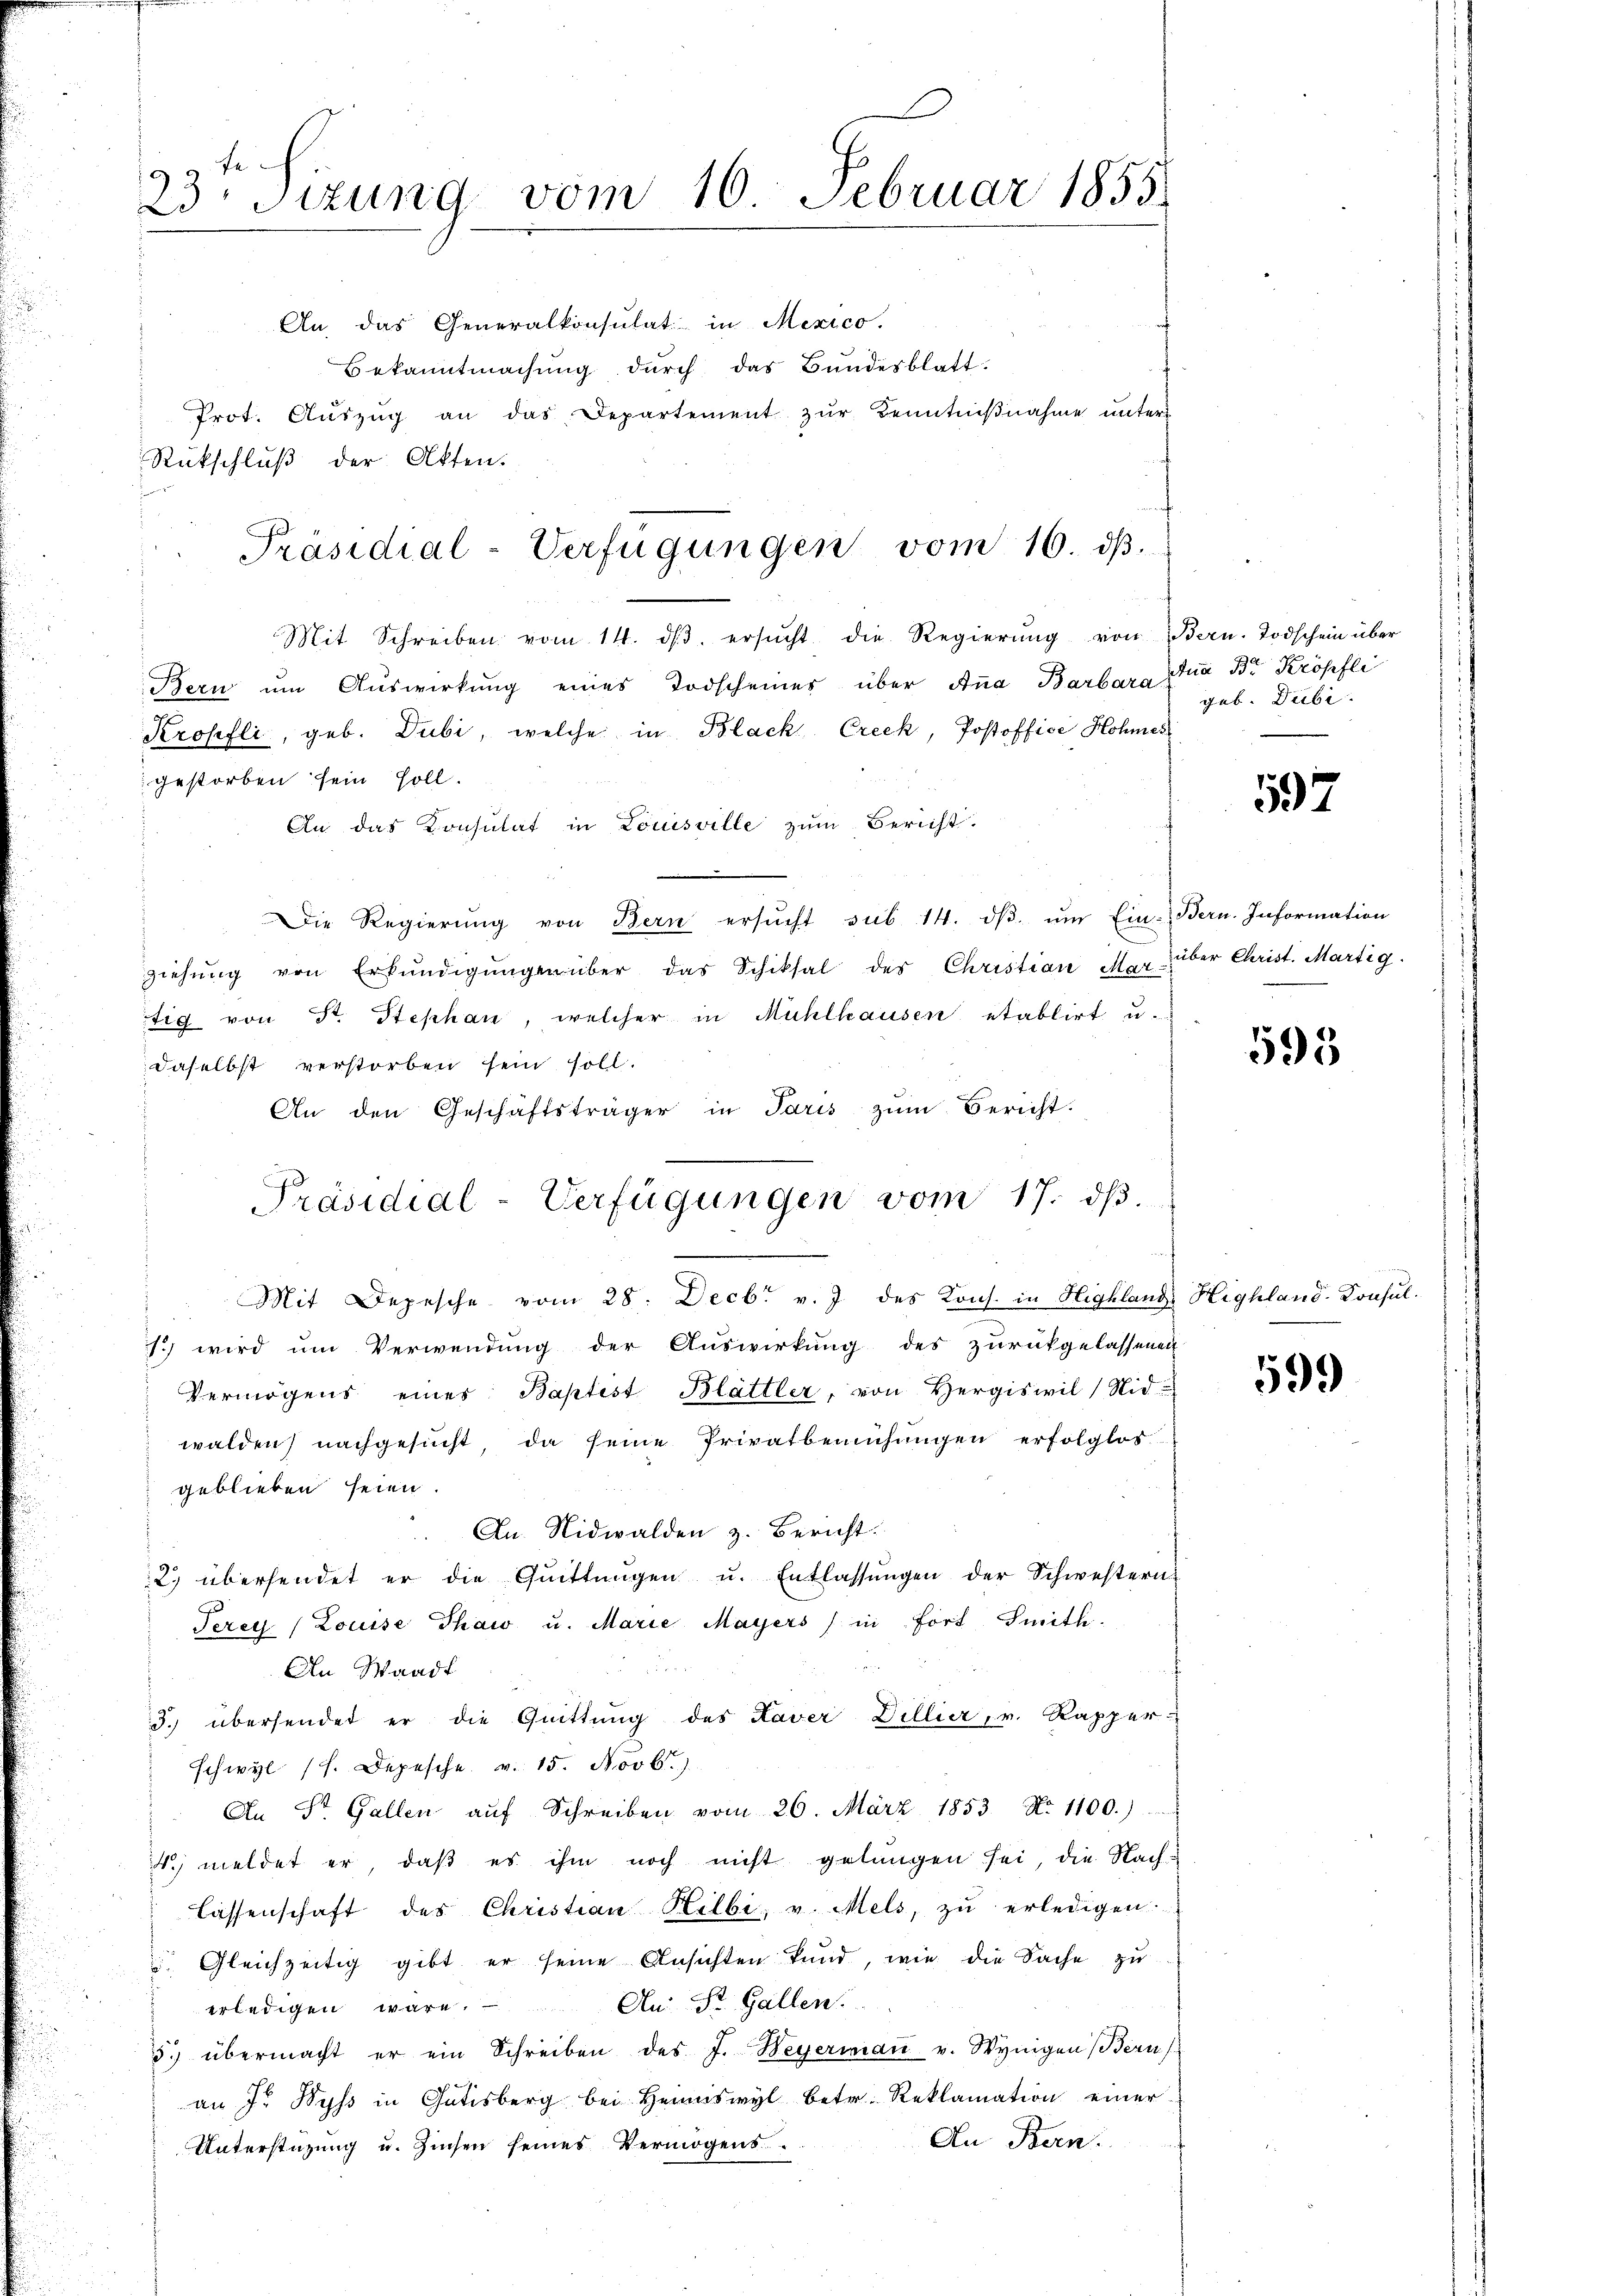
23ten Sizung vom 16. Februar 1855.

An das Generalkonsulat in Mexico.
Bekanntmachung durch das Bundesblatt.
Prot. Aŭszŭg an das Departement zŭr Kenntniβnahme unter
Rückschluß der Akten.
Mit Schreiben vom 14. dβ. ersŭcht die Regierŭng von Bern. Todschein über
Bern um Auswirkung eines Todscheines über Anna Barbara
Kropfli, geb. Dubi, welche in Black Creck, Postoffice Hohmes
gestorben sein soll.
An das Konsulat in Louisville zum Bericht.
Die Regierŭng von Bern ersŭcht sub 14. dβ ŭm Ein Bern. Information
ziehŭng von Erkŭndigŭngenüber das Schiksal des Christian Mar-
tig von St. Stephan, welcher in Mühlhausen etablirt u.
daselbst verstorben sein soll.
An den Geschäftsträger in Paris zŭm Bericht.
1. wird um Verwendung der Auswirkung des zurückgelassenen
Vermögens eines Baptist Blättler, von Hergiswil, Nid-
walden) nachgesucht, da seine Privatbemühungen erfolglos
geblieben seien.
An. Nidwalden z. Bericht.
2. übersendet er die Gŭittŭngen u. Entlassŭngen der Schwestern
Terey (Louise Thaw u. Marie Mayers) in Fort Smith.
An Waadt
3. übersendet er die Quittung des Kaver Dillier, v. Rapper-
schwyl (s. Depesche v. 15. Novb.)
An St. Gallen aŭf Schreiben vom 26. März 1853 No 1100.)
4.) meldet er, daß es ihm noch nicht gelangen sei, die Nach-
Lassenschaft des Christian Hilbi v. Mels, zŭ erledigen.
 Gleichzeitig gibt er seine Ansichten kund, wie die Sache zu
erledigen wäre. An St. Gallen.
5. übermacht er ein Schreiben des J. Weyermaṅ v. Wynigen Bern
an J. Wyss in Gutisberg bei Heimiswyl betr. Reklamation einer
An Bern.
Unterstüzung u. Zinsen seines Vermögens.

Präsidial-Verfügungen vom 16. dβ.

Präsidial-Verfügungen vom 17. dβ.
Mit Depesche vom 28. Decbr v. J. des Kons. in Highland Highland-Konsul-

ua Br Kröpfli
gab. Dubi

597

über Christ. Martig.

593

59.